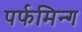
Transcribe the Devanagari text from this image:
पर्फमिन्ग